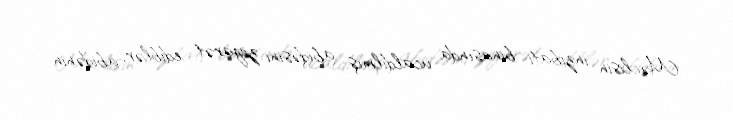
Məclisin inzibati binasında ucaldılmış abidəsini ziyarət ediblər, abidənin